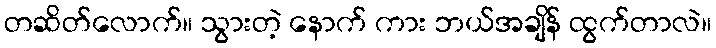
တဆိတ်လောက်။ သွားတဲ့ နောက် ကား ဘယ်အချိန် ထွက်တာလဲ။